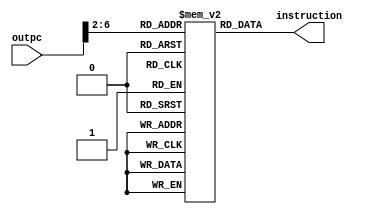
module instr_mem (outpc, instruction);
//input
input [63:0]outpc;

//output
output  [31:0]instruction;

reg [31:0] memory [31:0];
integer i;
         
initial
begin
	for (i=0; i<32; i=i+1) memory[i] = 32'b0;

	memory[0] = 32'h8B1F03E5;
	memory[1] = 32'hF84000A4;
	memory[2] = 32'h8B040086;
	memory[3] = 32'hf80010a6;
end

assign instruction =  memory[outpc[6:2]];

endmodule